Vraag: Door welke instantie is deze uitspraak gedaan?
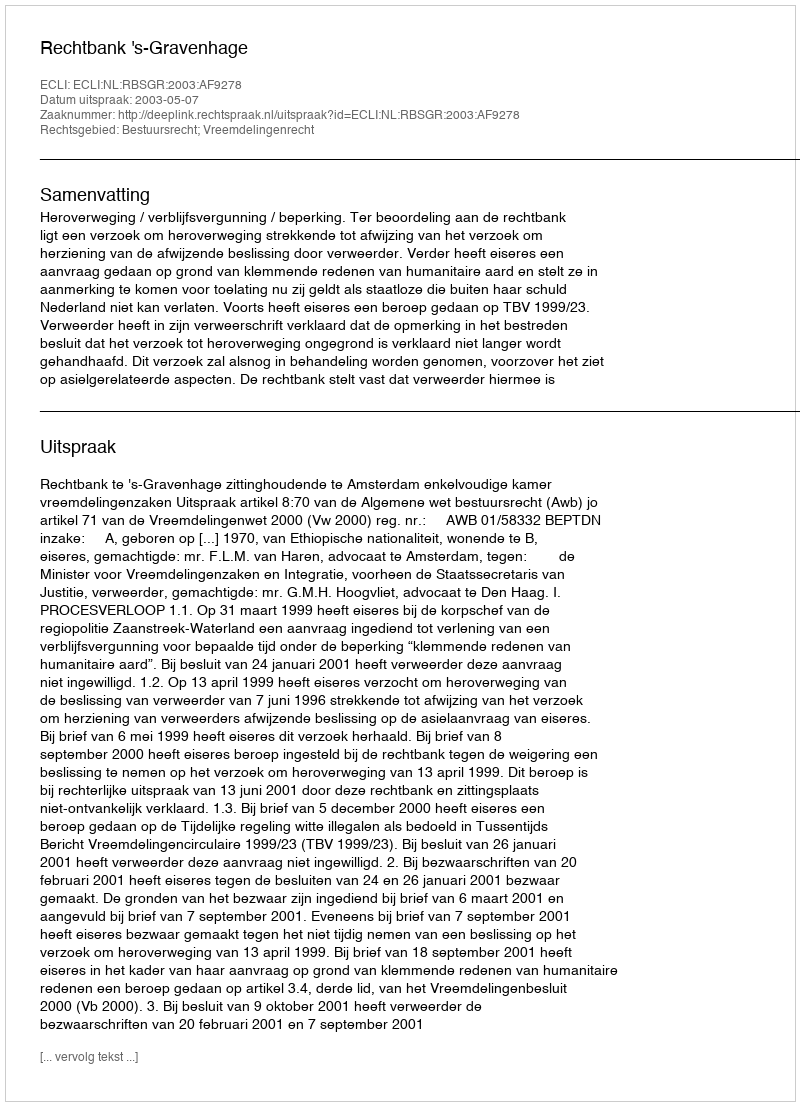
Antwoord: Rechtbank 's-Gravenhage